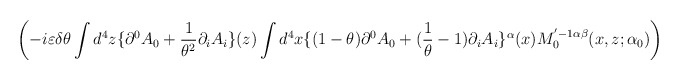
\begin{align*}\left( -i\varepsilon \delta \theta \int d^{4}z\{\partial ^{0}A_{0}+\frac{1}{\theta ^{2}}\partial _{i}A_{i}\}(z)\int d^{4}x\{(1-\theta )\partial ^{0}A_{0}+(\frac{1}{\theta }-1)\partial _{i}A_{i}\}^{\alpha }(x)M_{0}^{'-1\alpha \beta }(x,z;\alpha _{0})\right)\end{align*}